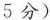
5 分)